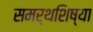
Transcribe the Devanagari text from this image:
समर्थशिष्या